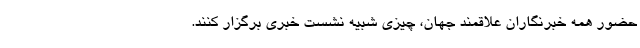
حضور همه خبرنگاران علاقمند جهان، چیزی شبیه نشست خبری برگزار کنند.